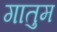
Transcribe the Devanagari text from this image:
गातुम